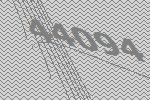
44094